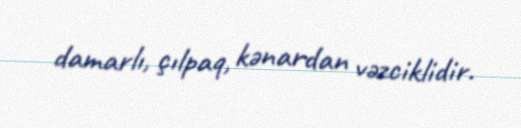
damarlı, çılpaq, kənardan vəzciklidir.